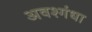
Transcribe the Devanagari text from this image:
अवश्गंधा